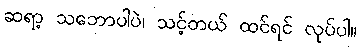
ဆရာ့ သဘောပါပဲ၊ သင့်တယ် ထင်ရင် လုပ်ပါ။